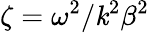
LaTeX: \zeta=\omega^{2}/\mathit{k}^{2}\beta^{2}